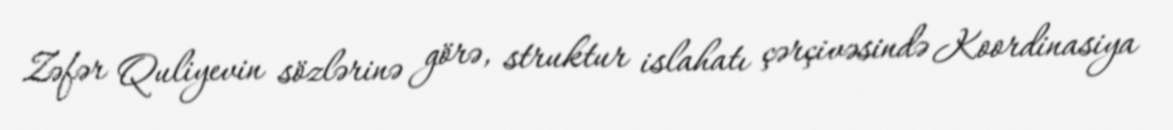
Zəfər Quliyevin sözlərinə görə, struktur islahatı çərçivəsində Koordinasiya